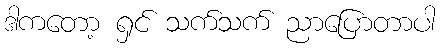
ဒါကတော့ ရှင် သက်သက် ညာပြောတာပါ